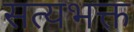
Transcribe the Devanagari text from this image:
सत्यभक्त